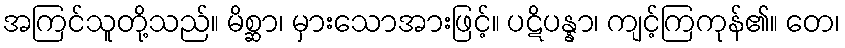
အကြင်သူတို့သည်။ မိစ္ဆာ၊ မှားသောအားဖြင့်။ ပဋိပန္နာ၊ ကျင့်ကြကုန်၏။ တေ၊